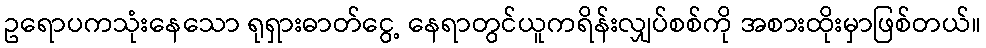
ဥရောပကသုံးနေသော ရုရှားဓာတ်ငွေ့ နေရာတွင်ယူကရိန်းလျှပ်စစ်ကို အစားထိုးမှာဖြစ်တယ်။